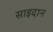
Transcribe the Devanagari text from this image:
साइदान